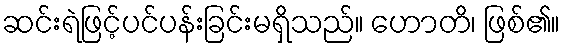
ဆင်းရဲဖြင့်ပင်ပန်းခြင်းမရှိသည်။ ဟောတိ၊ ဖြစ်၏။